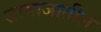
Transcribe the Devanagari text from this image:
सामाजातील